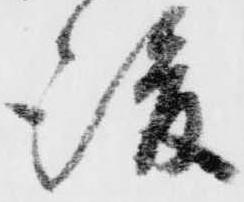
後